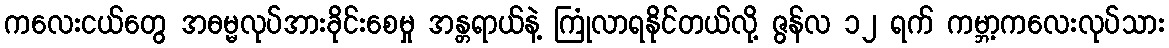
ကလေးငယ်တွေ အဓမ္မလုပ်အားခိုင်းစေမှု အန္တရာယ်နဲ့ ကြုံလာရနိုင်တယ်လို့ ဇွန်လ ၁၂ ရက် ကမ္ဘာ့ကလေးလုပ်သား